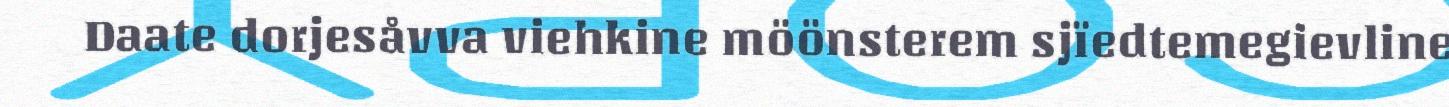
Daate dorjesåvva viehkine möönsterem sjïedtemegievline